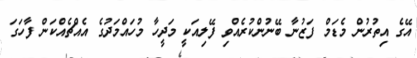
އޭގެ އިތުރުން މެޑަމް ފަޒުނާ ބޭނުންކުރެއްވި ފޭލިއަކީ މަދީހާ މުހައްމަދުގެ އެއްޗެއްކަން ފާހަގަ